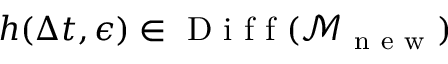
h ( \Delta t , \epsilon ) \in \mathrm { ~ D ~ i ~ f ~ f ~ } ( \mathcal { M } _ { \mathrm { ~ n ~ e ~ w ~ } } )